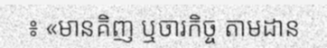
៖ «មានគិញ ឬចារកិច្ច តាមដាន